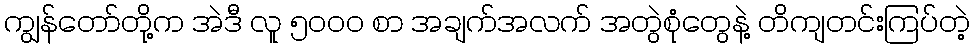
ကျွန်တော်တို့က အဲဒီ လူ ၅၀၀၀ စာ အချက်အလက် အတွဲစုံတွေနဲ့ တိကျတင်းကြပ်တဲ့